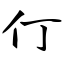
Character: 仃